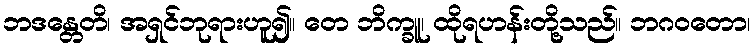
ဘဒန္တေတိ၊ အရှင်ဘုရားဟူ၍။ တေ ဘိက္ခူ၊ ထိုရဟန်းတို့သည်။ ဘဂဝတော၊